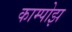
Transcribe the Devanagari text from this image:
काम्पोझ